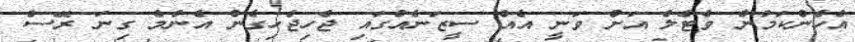
އެހެންކަމުން ވެޓެލް އަށް ވަނީ އެއް ސީޒަނެއްގައި ޖެހިޖެހިގެން އެންމެ ގިނަ ރޭސް